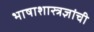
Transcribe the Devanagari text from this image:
भाषाशास्त्रज्ञांची